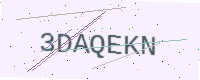
Text: 3DAQEKN